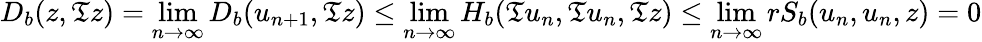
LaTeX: D_{b}(z,\mathfrak{T}z)=\operatorname*{lim}_{n\to\infty}D_{b}(u_{n+1},\mathfrak{T}z)\leq\operatorname*{lim}_{n\to\infty}H_{b}(\mathfrak{T}u_{n},\mathfrak{T}u_{n},\mathfrak{T}z)\leq\operatorname*{lim}_{n\to\infty}rS_{b}(u_{n},u_{n},z)=0